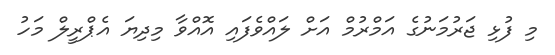
މި ފުޅި ޖަރުމަނުގެ އަމްރުމް އަށް ލައްވެފައި އޮއްވާ މިދިޔަ އެޕްރީލް މަހު